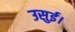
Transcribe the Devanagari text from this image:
उसुई।